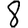
Digit: 8